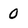
Character: 0